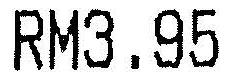
RM3.95